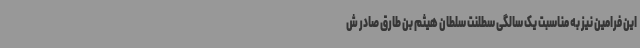
این فرامین نیز به مناسبت یک سالگی سطلنت سلطان هیثم بن طارق صادر ش